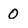
Character: 0